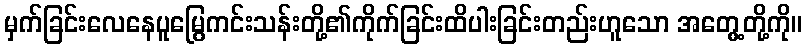
မှက်ခြင်းလေနေပူမြွေကင်းသန်းတို့၏ကိုက်ခြင်းထိပါးခြင်းတည်းဟူသော အတွေ့တို့ကို။